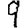
Digit: 9